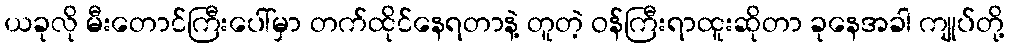
ယခုလို မီးတောင်ကြီးပေါ်မှာ တက်ထိုင်နေရတာနဲ့ တူတဲ့ ဝန်ကြီးရာထူးဆိုတာ ခုနေအခါ ကျုပ်တို့